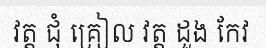
វត្ត ជុំ គ្រៀល វត្ត ដួង កែវ